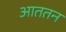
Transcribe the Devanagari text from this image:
आततन